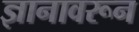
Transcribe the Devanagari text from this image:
ज्ञानावरून